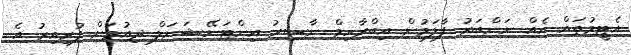
އެޓީމުތައް އެއް ނަންބަރު ފާލަމުން އިބްރާހިމް ނާސިރު އިންޓަނޭޝަނަލް ދިއުމަށް ފުރިއިރު އެ